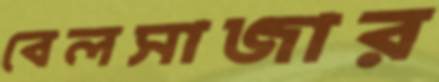
বেলসাজার